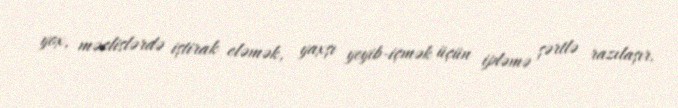
yox, məclislərdə iştirak eləmək, yaxşı yeyib-içmək üçün ipləmə şərtlə razılaşır.